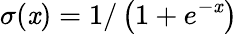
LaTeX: \sigma(\mathit{x})=1/\left(1+e^{-\mathit{x}}\right)